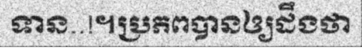
ទាន..!។ប្រភពបានឲ្យដឹងថា